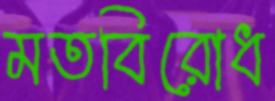
মতবিরোধ